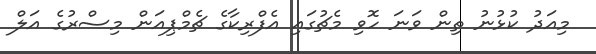
މިއަދު ކުޅުނު ތިން ވަނަ ހޮވި މެޗުގައި އެފްރިކާގެ ޗެމްޕިއަން މިސްރުގެ އަލް